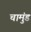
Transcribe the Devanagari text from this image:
चामुंड